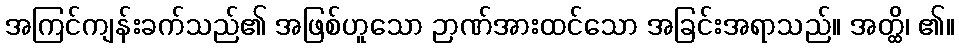
အကြင်ကျန်းခက်သည်၏ အဖြစ်ဟူသော ဉာဏ်အားထင်သော အခြင်းအရာသည်။ အတ္ထိ၊ ၏။